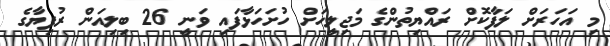
މި އަހަރަށް ލަފާކޮށް ރައްޔިތުންގެ މަޖިލީހަށް ހުށަހަޅާފައި ވަނީ 26 ބިލިއަން ރުފިޔާގެ